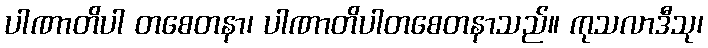
ပါဏာတိပါ တစေတနာ၊ ပါဏာတိပါတစေတနာသည်။ ကုသလာဒီသု၊